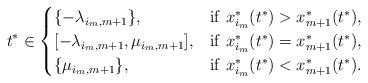
LaTeX: \begin{align*}t^* \in \begin{cases} \{ -\lambda_{i_m,m+1 } \} , & {\rm if ~} x^*_{i_m}(t^*) > x^*_{m+1}(t^*), \\ [-\lambda_{i_m,m+1 }, \mu_{i_m,m+1} ] , & {\rm if ~} x^*_{i_m}(t^*) = x^*_{m+1}(t^*), \\ \{ \mu_{i_m,m+1 } \} , & {\rm if ~} x^*_{i_m}(t^*) <x^*_{m+1}(t^*).\end{cases}\end{align*}